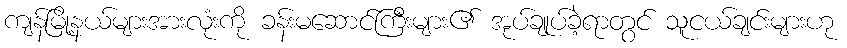
ကျန်မြို့နယ်များအားလုံးကို ခန်းမဆောင်ကြီးများ၏ အုပ်ချုပ်ခဲ့ရာတွင် သူငယ်ချင်းများဟု